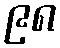
၉၈